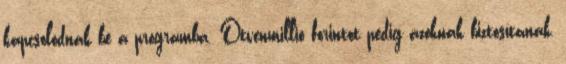
kapcsolódnak be a programba. Ötvenmillió forintot pedig azoknak biztosítanak,